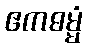
ဧကဓမ္မံ